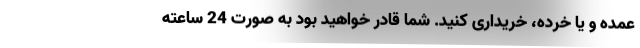
عمده و یا خرده، خریداری کنید. شما قادر خواهید بود به صورت 24 ساعته